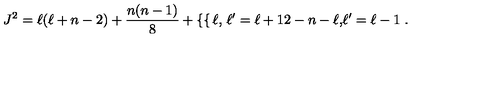
J ^ { 2 } = \ell ( \ell + n - 2 ) + \frac { n ( n - 1 ) } { 8 } + \left\{ \begin{cases} { \ell , } & { \ell ^ { \prime } = \ell + 1 } \\ { 2 - n - \ell , } & { \ell ^ { \prime } = \ell - 1 } \\ \end{cases} \right. .